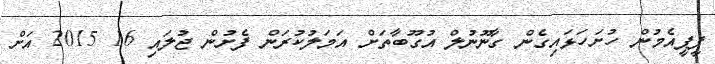
ޕީޕީއެމުން ހުށަހަޅައިގެން ގާނޫނުލް އުގޫބާތަށް އަމަލުކުރަން ފެށުން ޖުލައި 16 2015 އަށް